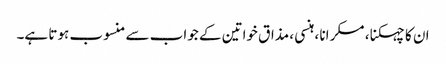
ان کا چہکنا ، مسکرانا ، ہنسی ، مذاق خواتین کے جواب سے منسوب ہوتا ہے۔